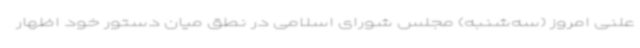
علنی امروز (سه‌شنبه) مجلس شورای اسلامی در نطق میان دستور خود اظهار